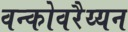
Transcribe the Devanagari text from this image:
वन्कोवरैय्यन